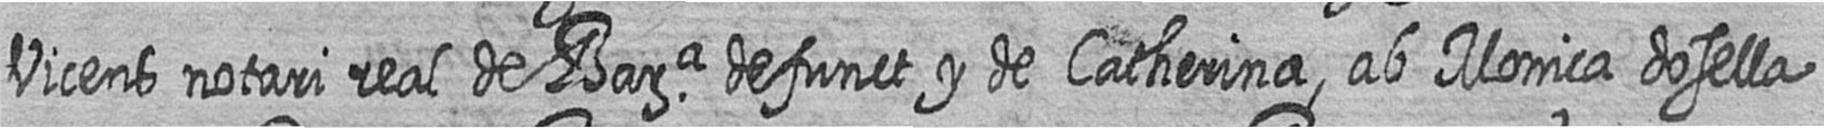
Vicens notari real de Bara defunct y de Catherina ab Monica dosella